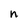
Character: n